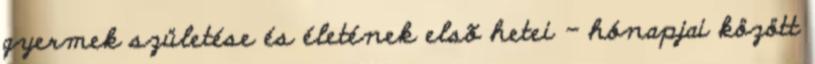
gyermek születése és életének elsõ hetei - hónapjai között